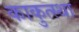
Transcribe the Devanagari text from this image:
काकुत्स्था